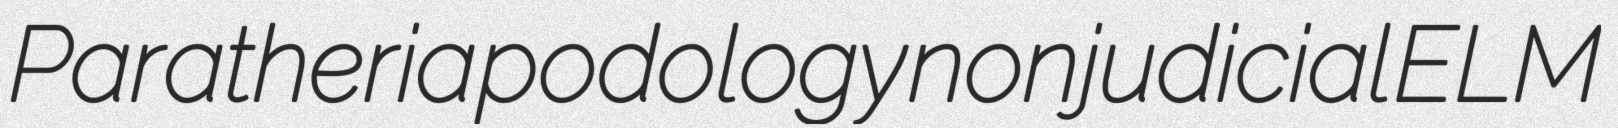
Paratheria podology nonjudicial ELM